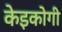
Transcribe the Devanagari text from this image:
केइकोगी